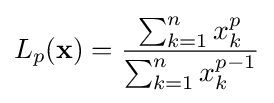
L_{p}(\mathbf {x} )={\frac {\sum _{k=1}^{n}x_{k}^{p}}{\sum _{k=1}^{n}x_{k}^{p-1}}}